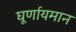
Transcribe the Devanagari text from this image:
घूर्णायमान